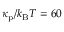
\kappa _ { \mathrm { p } } / k _ { \mathrm { B } } T = 6 0